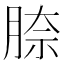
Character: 𦝀